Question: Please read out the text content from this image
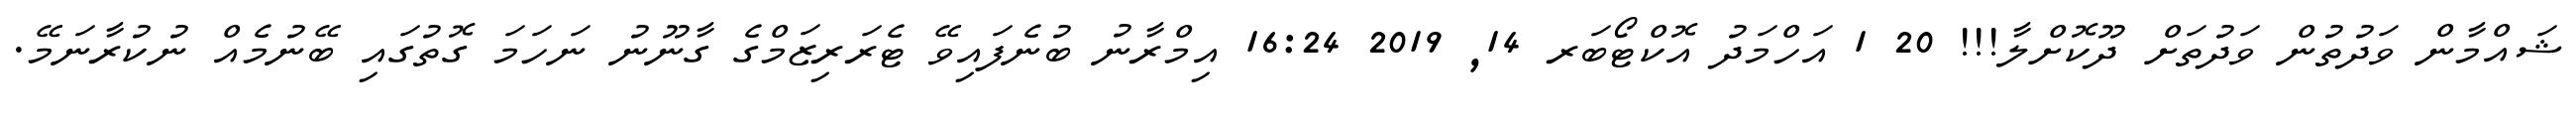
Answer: ޝައްމާން ވަދުތުން ވަދުތަށް ދޫކޮށްލާ!!! 20 1 އަހްމަދު އޮކްޓޯބަރ 14, 2019 16:24 އިމްރާނު ބުނެފައިވޭ ޓެރަރިޒަމްގެ ގާނޫނު ނަހަމަ ގޮތުގައި ބޭނުމެއް ނުކުރާނަމޭ.